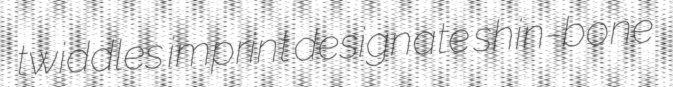
twiddles imprint designate shin-bone